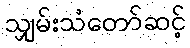
သျှမ်းသံတော်ဆင့်